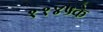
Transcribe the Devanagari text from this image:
११४५के